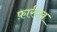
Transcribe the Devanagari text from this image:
फ़ार्रुख़